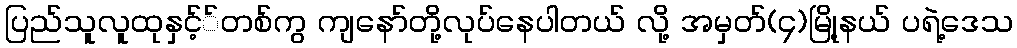
ပြည်သူလူထုနှင့််တစ်ကွ ကျနော်တို့လုပ်နေပါတယ် လို့ အမှတ်(၄)မြို့နယ် ပရဲ့ဒေသ